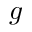
\boldsymbol { g }